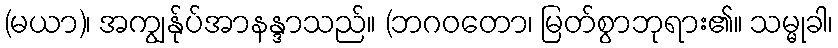
(မယာ)၊ အကျွန်ုပ်အာနန္ဒာသည်။ (ဘဂဝတော၊ မြတ်စွာဘုရား၏။ သမ္မုခါ၊